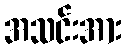
အသင်းအား